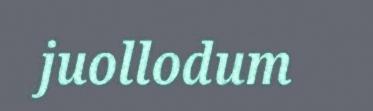
juollodum